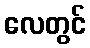
လေတွင်